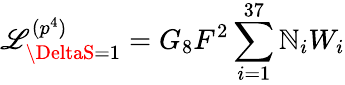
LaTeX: {\cal\mathscr{L}}_{\DeltaS=1}^{(p^{4})}=G_{8}F^{2}\sum_{i=1}^{37}\mathbb{N}_{i}W_{i}